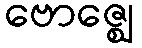
ဗောဇ္ဈေ